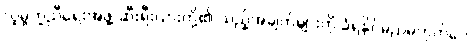
လူမှုကူညီရေးအဖွဲ့ ဆီးရီးယားတို့၏ သည့်အချက်များကို ခံရနိုင်မည်မဟုတ်ပေ